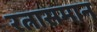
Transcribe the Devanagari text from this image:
रत्नासमान